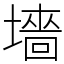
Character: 墻